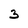
Character: 3